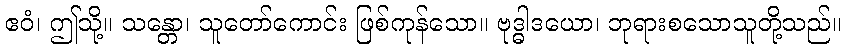
ဧဝံ၊ ဤသို့။ သန္တော၊ သူတော်ကောင်း ဖြစ်ကုန်သော။ ဗုဒ္ဓါဒယော၊ ဘုရားစသောသူတို့သည်။